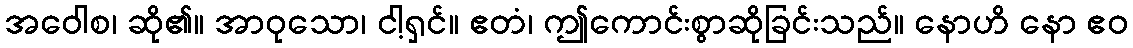
အဝေါစ၊ ဆို၏။ အာဝုသော၊ ငါ့ရှင်။ ဧတံ၊ ဤကောင်းစွာဆိုခြင်းသည်။ နောဟိ နော ဧဝ